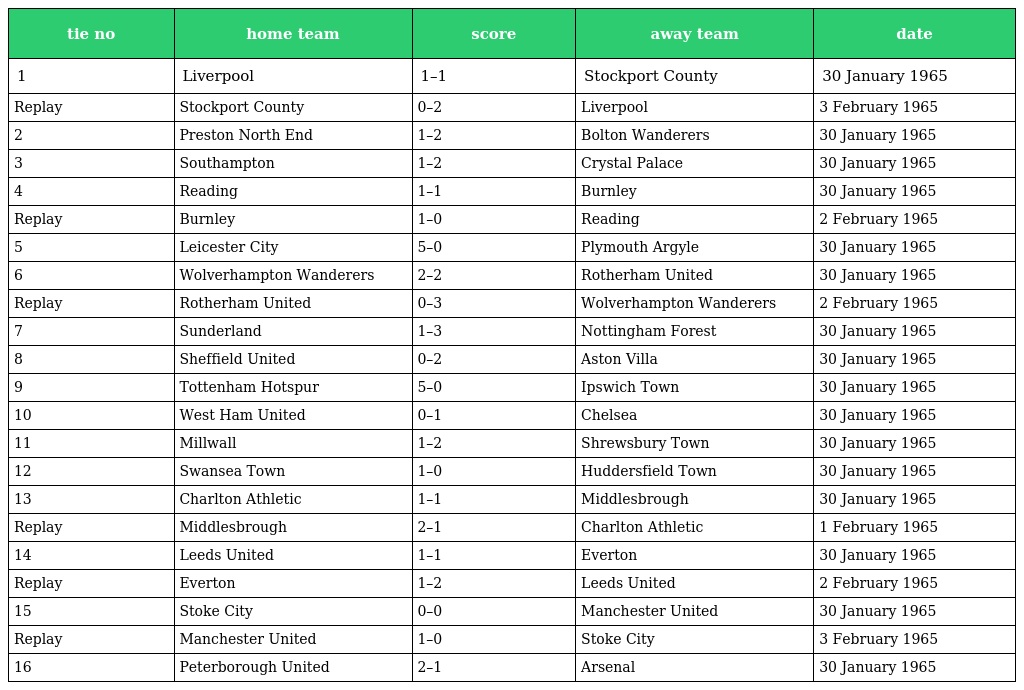
| tie no | home team | score | away team | date |
 | --- | --- | --- | --- | --- |
 | 1 | Liverpool | 1–1 | Stockport County | 30 January 1965 |
 | Replay | Stockport County | 0–2 | Liverpool | 3 February 1965 |
 | 2 | Preston North End | 1–2 | Bolton Wanderers | 30 January 1965 |
 | 3 | Southampton | 1–2 | Crystal Palace | 30 January 1965 |
 | 4 | Reading | 1–1 | Burnley | 30 January 1965 |
 | Replay | Burnley | 1–0 | Reading | 2 February 1965 |
 | 5 | Leicester City | 5–0 | Plymouth Argyle | 30 January 1965 |
 | 6 | Wolverhampton Wanderers | 2–2 | Rotherham United | 30 January 1965 |
 | Replay | Rotherham United | 0–3 | Wolverhampton Wanderers | 2 February 1965 |
 | 7 | Sunderland | 1–3 | Nottingham Forest | 30 January 1965 |
 | 8 | Sheffield United | 0–2 | Aston Villa | 30 January 1965 |
 | 9 | Tottenham Hotspur | 5–0 | Ipswich Town | 30 January 1965 |
 | 10 | West Ham United | 0–1 | Chelsea | 30 January 1965 |
 | 11 | Millwall | 1–2 | Shrewsbury Town | 30 January 1965 |
 | 12 | Swansea Town | 1–0 | Huddersfield Town | 30 January 1965 |
 | 13 | Charlton Athletic | 1–1 | Middlesbrough | 30 January 1965 |
 | Replay | Middlesbrough | 2–1 | Charlton Athletic | 1 February 1965 |
 | 14 | Leeds United | 1–1 | Everton | 30 January 1965 |
 | Replay | Everton | 1–2 | Leeds United | 2 February 1965 |
 | 15 | Stoke City | 0–0 | Manchester United | 30 January 1965 |
 | Replay | Manchester United | 1–0 | Stoke City | 3 February 1965 |
 | 16 | Peterborough United | 2–1 | Arsenal | 30 January 1965 |